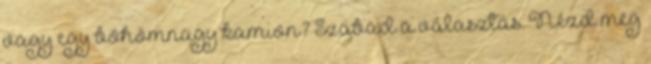
vagy egy böhömnagy kamion? Szabad a választás. Nézd meg